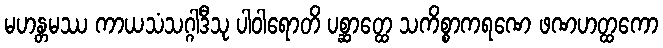
မဟန္တမဿ ကာယသံသဂ္ဂါဒီသု ပါဝါရောတိ ပစ္ဆာတ္ထေ သကိစ္စာကရဏေ ဖဏဟတ္ထကော